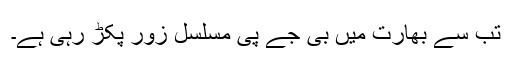
تب سے بھارت میں بی جے پی مسلسل زور پکڑ رہی ہے۔